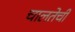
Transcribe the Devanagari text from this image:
चालतेची